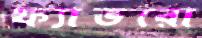
ফ্যাভরো